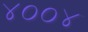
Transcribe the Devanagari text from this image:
४००४